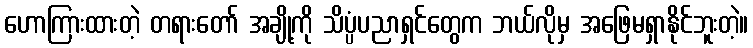
ဟောကြားထားတဲ့ တရားတော် အချို့ကို သိပ္ပံပညာရှင်တွေက ဘယ်လိုမှ အဖြေမရှာနိုင်ဘူးတဲ့။